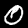
Label: 0